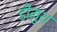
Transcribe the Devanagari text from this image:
डीमुथ